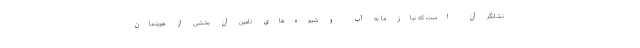
نشانگر آن است که نیاز ما به آب و شیوه‌های تامین آن بخشی از هویتمان